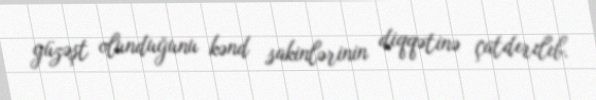
güzəşt olunduğunu kənd sakinlərinin diqqətinə çatdırılıb.